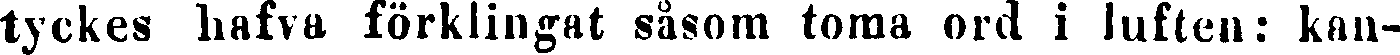
tyckes hafva förklingat såsom toma ord i luften: kan-